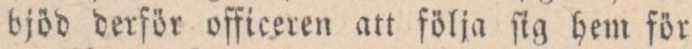
bjöd derför officeren att följa ſig hem för